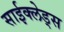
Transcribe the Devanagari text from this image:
साईक्लेड्स